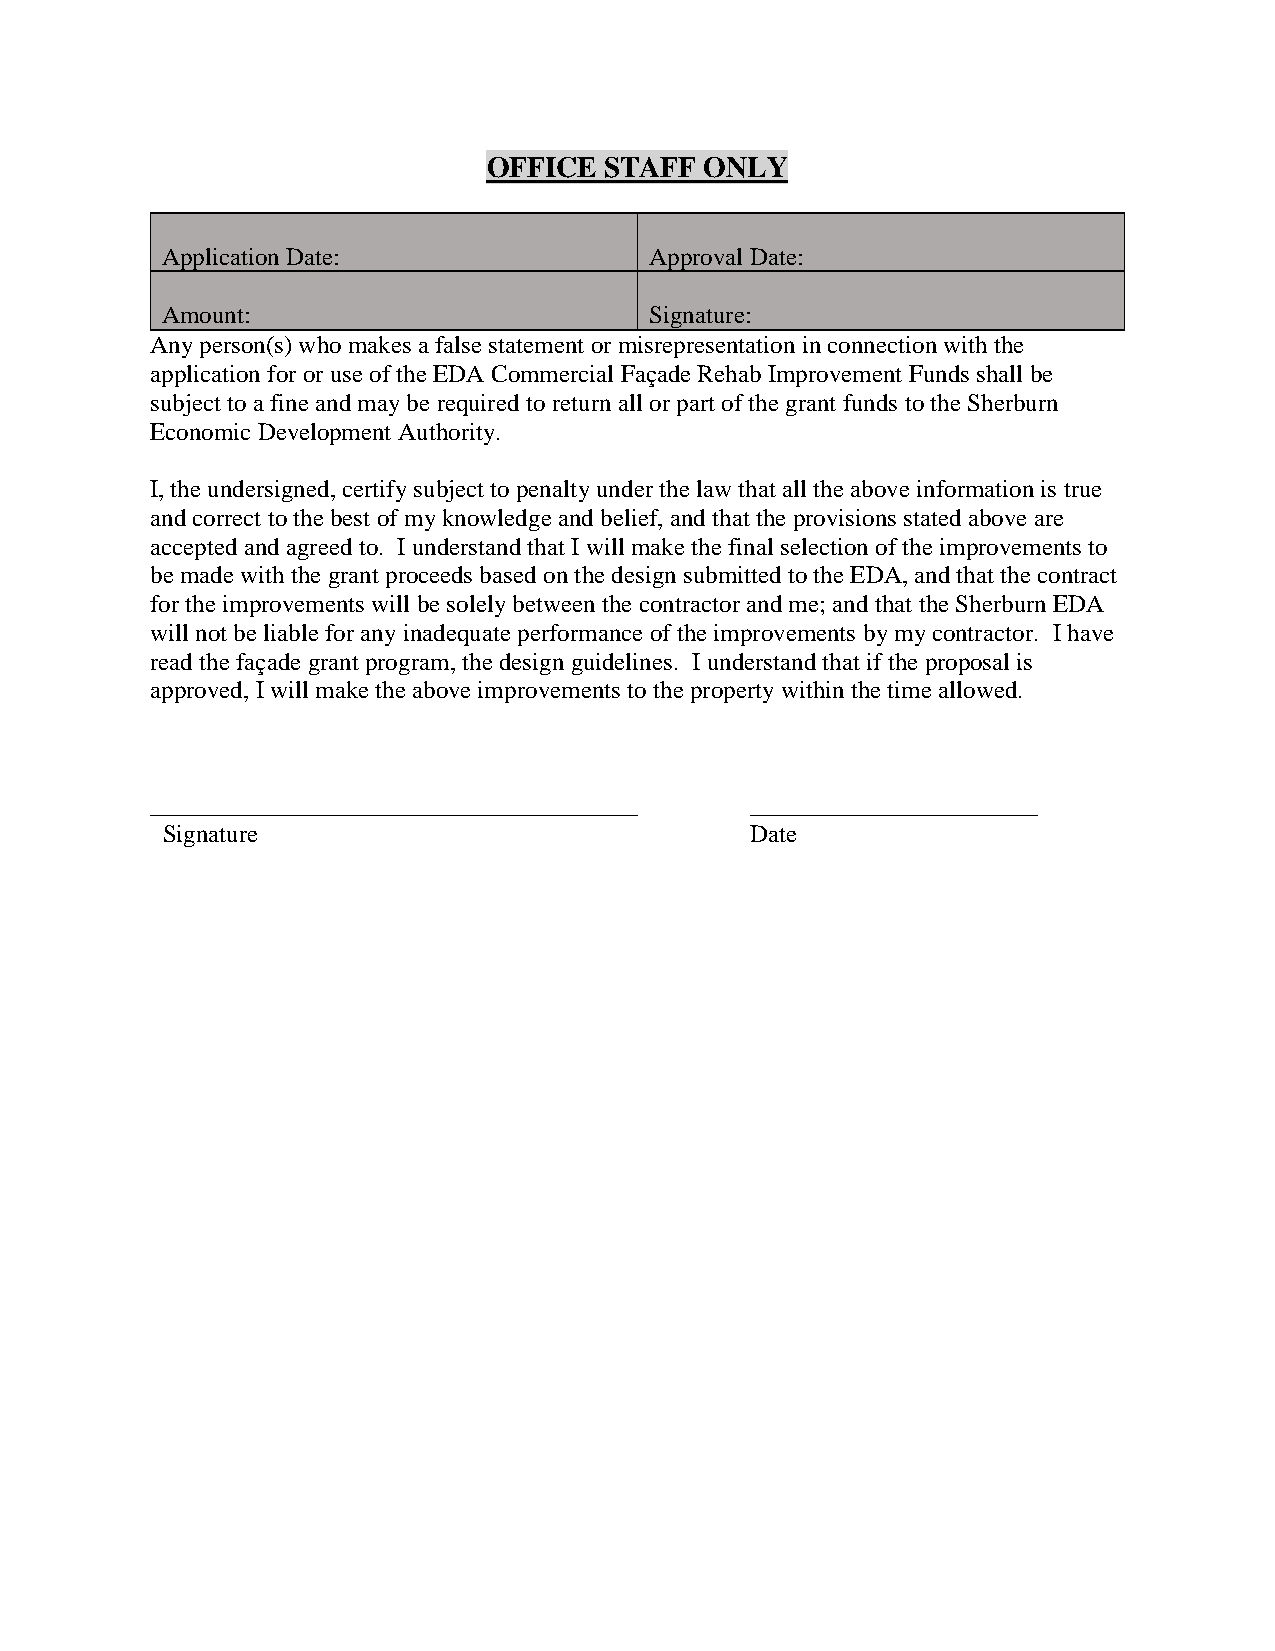
OFFICE  STAFF  ONLY
 Application Date:               Approval Date:
 Amount:                         Signature:
 Any person(s) who makes a false statement or misrepresentation in connection with the
 application for or use of the EDA Commercial Façade Rehab Improvement Funds shall be
 subject to a fine and may be required to return all or part of the grant funds to the Sherburn
 Economic Development Authority.
 I, the undersigned, certify subject to penalty under the law that all the above information is true
 and correct to the best of my knowledge and belief, and that the provisions stated above are
 accepted and agreed to. I understand that I will make the final selection of the improvements to
 be made with the grant proceeds based on the design submitted to the EDA, and that the contract
 for the improvements will be solely between the contractor and me; and that the Sherburn EDA
 will not be liable for any inadequate performance of the improvements by my contractor. I have
 read the façade grant program, the design guidelines. I understand that if the proposal is
 approved, I will make the above improvements to the property within the time allowed.
 _______________________________________ _______________________
 Signature                              Date